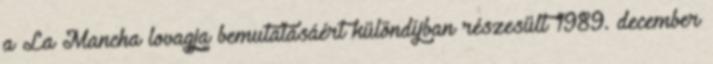
a La Mancha lovagja bemutatásáért különdíjban részesült 1989. december